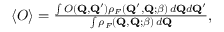
\begin{array} { r } { \langle { \cal O } \rangle = \frac { \int O ( \mathbf { Q } , \mathbf { Q } ^ { \prime } ) \rho _ { F } ( \mathbf { Q } ^ { \prime } , \mathbf { Q } ; \beta ) \, d \mathbf { Q } d \mathbf { Q } ^ { \prime } } { \int \rho _ { F } ( \mathbf { Q } , \mathbf { Q } ; \beta ) \, d \mathbf { Q } } , } \end{array}